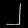
Digit: ၂